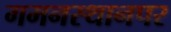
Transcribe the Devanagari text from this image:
गमनस्थानपर